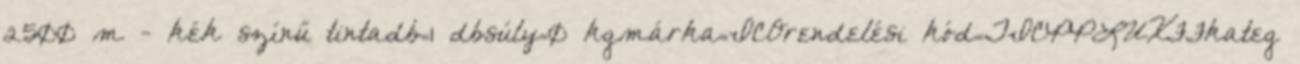
2500 m - kék színű tintadb=1 dbsúly=0 kgmárka=ICOrendelési kód=TICPPLUXFFkateg